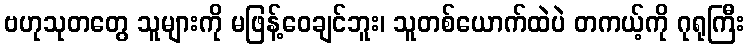
ဗဟုသုတတွေ သူများကို မဖြန့်ဝေချင်ဘူး၊ သူတစ်ယောက်ထဲပဲ တကယ့်ကို ဂုရုကြီး